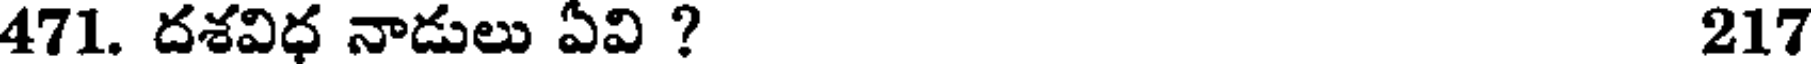
471. దశవిధ నాడులు ఏవి ? 217